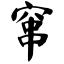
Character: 窜